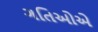
ગતિઓએ